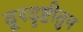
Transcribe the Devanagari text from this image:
दूरदृष्टीतुन